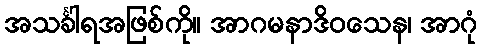
အသင်္ခါရအဖြစ်ကို။ အာဂမနာဒိဝသေန၊ အာဂုံ